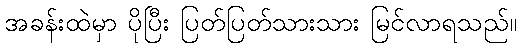
အခန်းထဲမှာ ပိုပြီး ပြတ်ပြတ်သားသား မြင်လာရသည်။